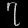
Digit: ၇